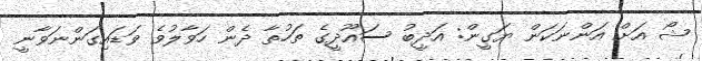
ޝޯ އަށް އަންނަކަން ޔަގީން: އަދީބު ސައޫދީގެ ތަހުތާ ދެން ހަވާލުވެ ވަޑައިގަންނަވާނީ